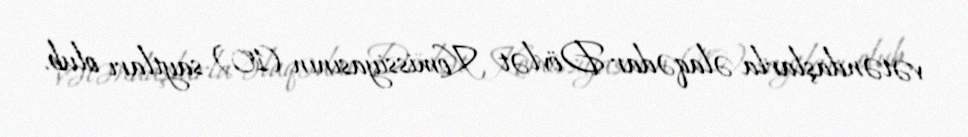
vətəndaşlarla əlaqədar Dövlət Komissiyasının (10) saytları olub.